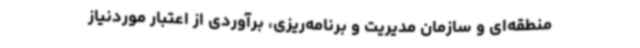
منطقه‌ای و سازمان مدیریت و برنامه‌ریزی، برآوردی از اعتبار موردنیاز